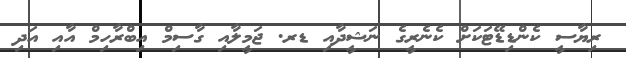
ރިޔާސީ ކެންޑިޑޭޓަކަށް ކެނެރީގެ ނަޝީދާއި ޑރ. ޖަމީލާއި ގާސިމް އިބްރާހިމް އާއި އަދި